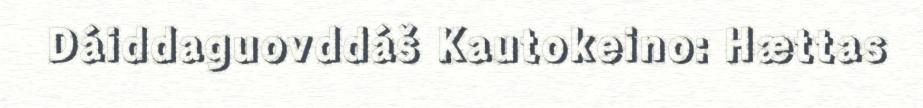
Dáiddaguovddáš Kautokeino: Hættas